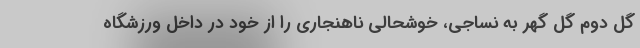
گل دوم گل گهر به نساجی، خوشحالی ناهنجاری را از خود در داخل ورزشگاه